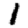
Digit: 1